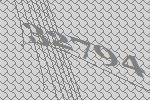
32794